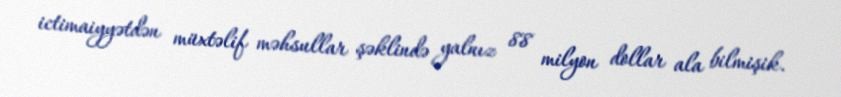
ictimaiyyətdən müxtəlif məhsullar şəklində yalnız 88 milyon dollar ala bilmişik.